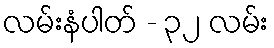
လမ်းနံပါတ် - ၃၂ လမ်း